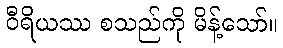
ဝီရိယဿ စသည်ကို မိန့်သော်။